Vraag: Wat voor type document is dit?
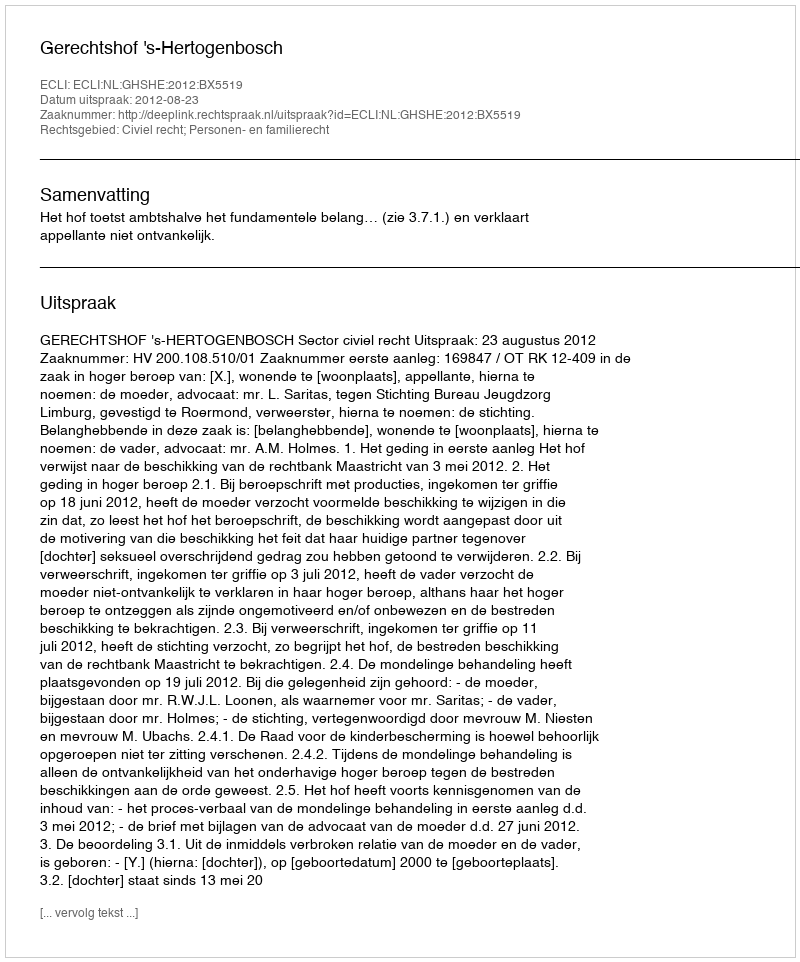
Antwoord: Uitspraak